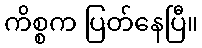
ကိစ္စက ပြတ်နေပြီ။